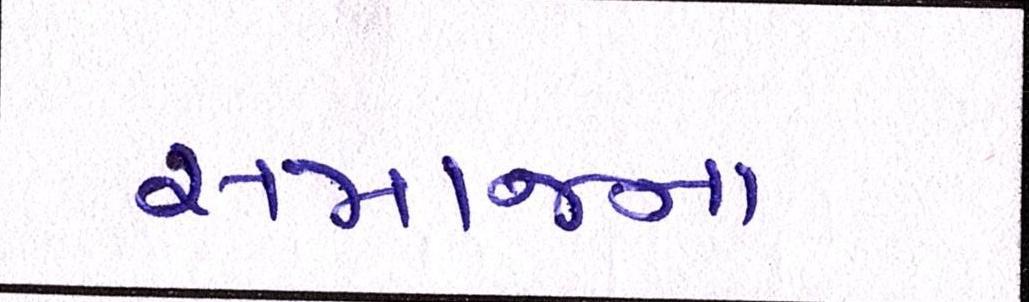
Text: સમાજના